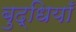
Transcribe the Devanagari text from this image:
बुद्धियाँ